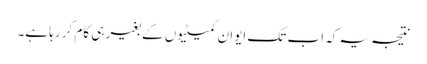
نتیجہ یہ کہ اب تک ایوان کمیٹیوں کے بغیر ہی کام کر رہا ہے۔